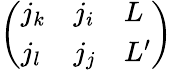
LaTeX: \left(\begin{array}{lll}{j_{k}}&{j_{i}}&{L}\\ {j_{l}}&{j_{j}}&{L^{\prime}}\end{array}\right)